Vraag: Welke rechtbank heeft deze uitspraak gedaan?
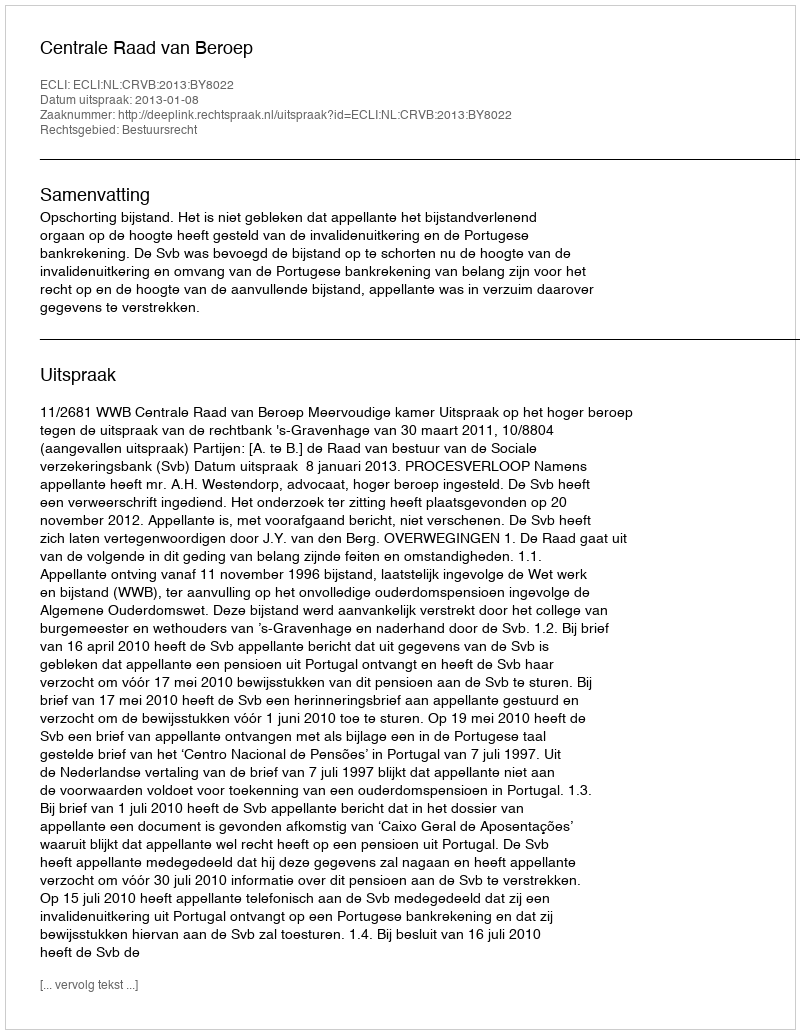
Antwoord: Centrale Raad van Beroep